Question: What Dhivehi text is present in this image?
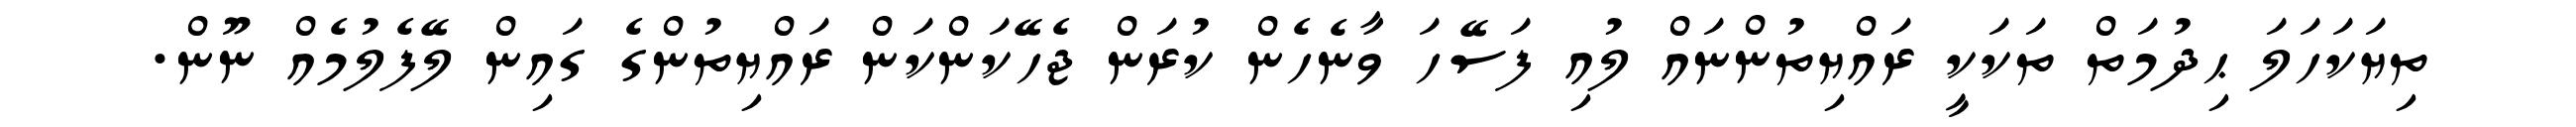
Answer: ތިޔަކަހަލަ ޙިދުމަތް ތަކަކީ ރައްޔިތުންނައް ލުއި ފަސޭހަ ވާނެހެން ކުރަން ޖެހޭކަންކަން ރައްޔިތުންގެ ގައިން ލޭފެލުމެއް ނޫން.